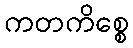
ကတကိစ္စေ